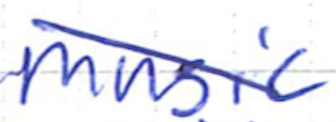
Text: music
Cross-out: mix
Writing tool: ballpoint